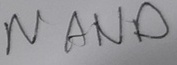
Text: NAND